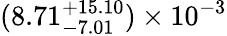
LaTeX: (8.71_{-7.01}^{+15.10})\times 10^{-3}